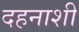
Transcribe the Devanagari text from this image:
दहनाशी